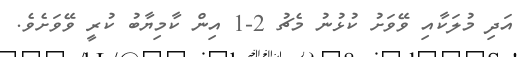
އަދި މުލަކާއި ވޭވަށު ކުޅުނު މެޗު 2-1 އިން ކާމިޔާބު ކުރީ ވޭވަށެވެ.